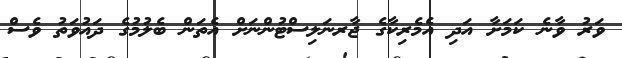
ވަރު ވާނެ ކަމަށާ އަދި އެމެރިކާގެ ޖާރނަލިސްޓުންނަށް އެތަން ބެލުމުގެ ދައުވަތު ވެސް